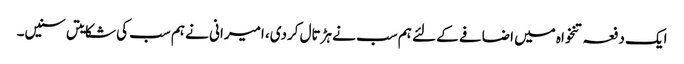
ایک دفعہ تنخواہ میں اضافے کے لئے ہم سب نے ہڑتال کردی، امیرانی نے ہم سب کی شکایتں سنیں۔